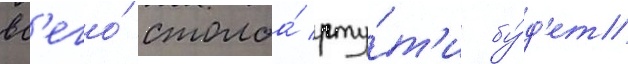
вс'его́ столба́ рту́т'и бу́д'ет